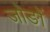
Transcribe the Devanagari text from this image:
जोङों